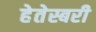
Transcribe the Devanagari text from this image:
हेतेस्बरी